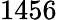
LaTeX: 1456